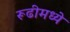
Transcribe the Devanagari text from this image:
रूढीमध्ये